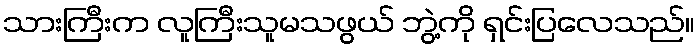
သားကြီးက လူကြီးသူမသဖွယ် ဘွဲ့ကို ရှင်းပြလေသည်။